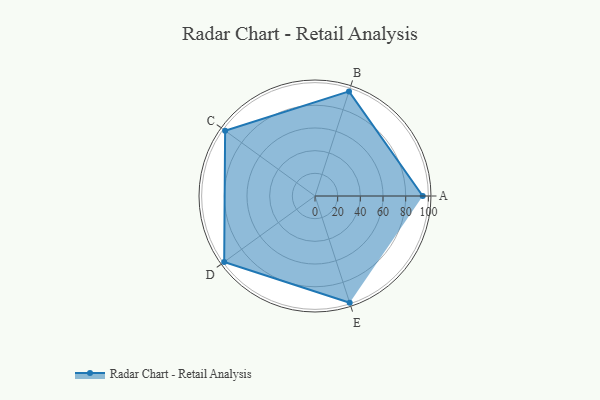
{"axis": {"x": "Skill", "y": "Score"}, "legend": ["Profile"], "data": [{"x": "A", "y": 95.0, "type": "Profile"}, {"x": "B", "y": 97.0, "type": "Profile"}, {"x": "C", "y": 98.0, "type": "Profile"}, {"x": "D", "y": 99, "type": "Profile"}, {"x": "E", "y": 99, "type": "Profile"}]}